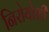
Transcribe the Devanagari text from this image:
निरोयोशी